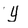
Character: Y